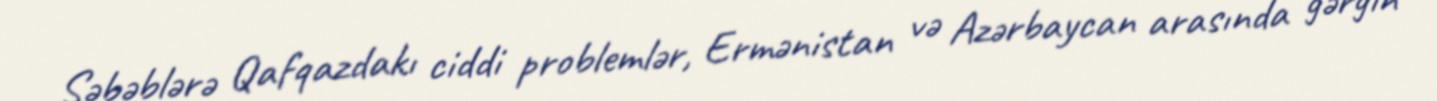
Səbəblərə Qafqazdakı ciddi problemlər, Ermənistan və Azərbaycan arasında gərgin